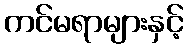
ကင်မရာများနှင့်